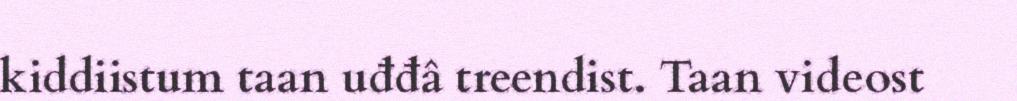
kiddiistum taan uđđâ treendist. Taan videost